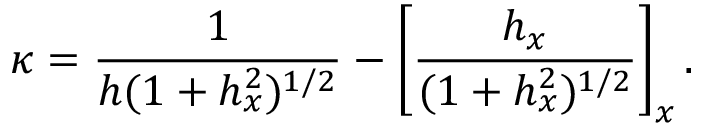
\kappa = \frac { 1 } { h ( 1 + h _ { x } ^ { 2 } ) ^ { 1 / 2 } } - \left[ \frac { h _ { x } } { ( 1 + h _ { x } ^ { 2 } ) ^ { 1 / 2 } } \right] _ { x } .